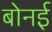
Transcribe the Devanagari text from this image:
बोनई